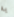
به